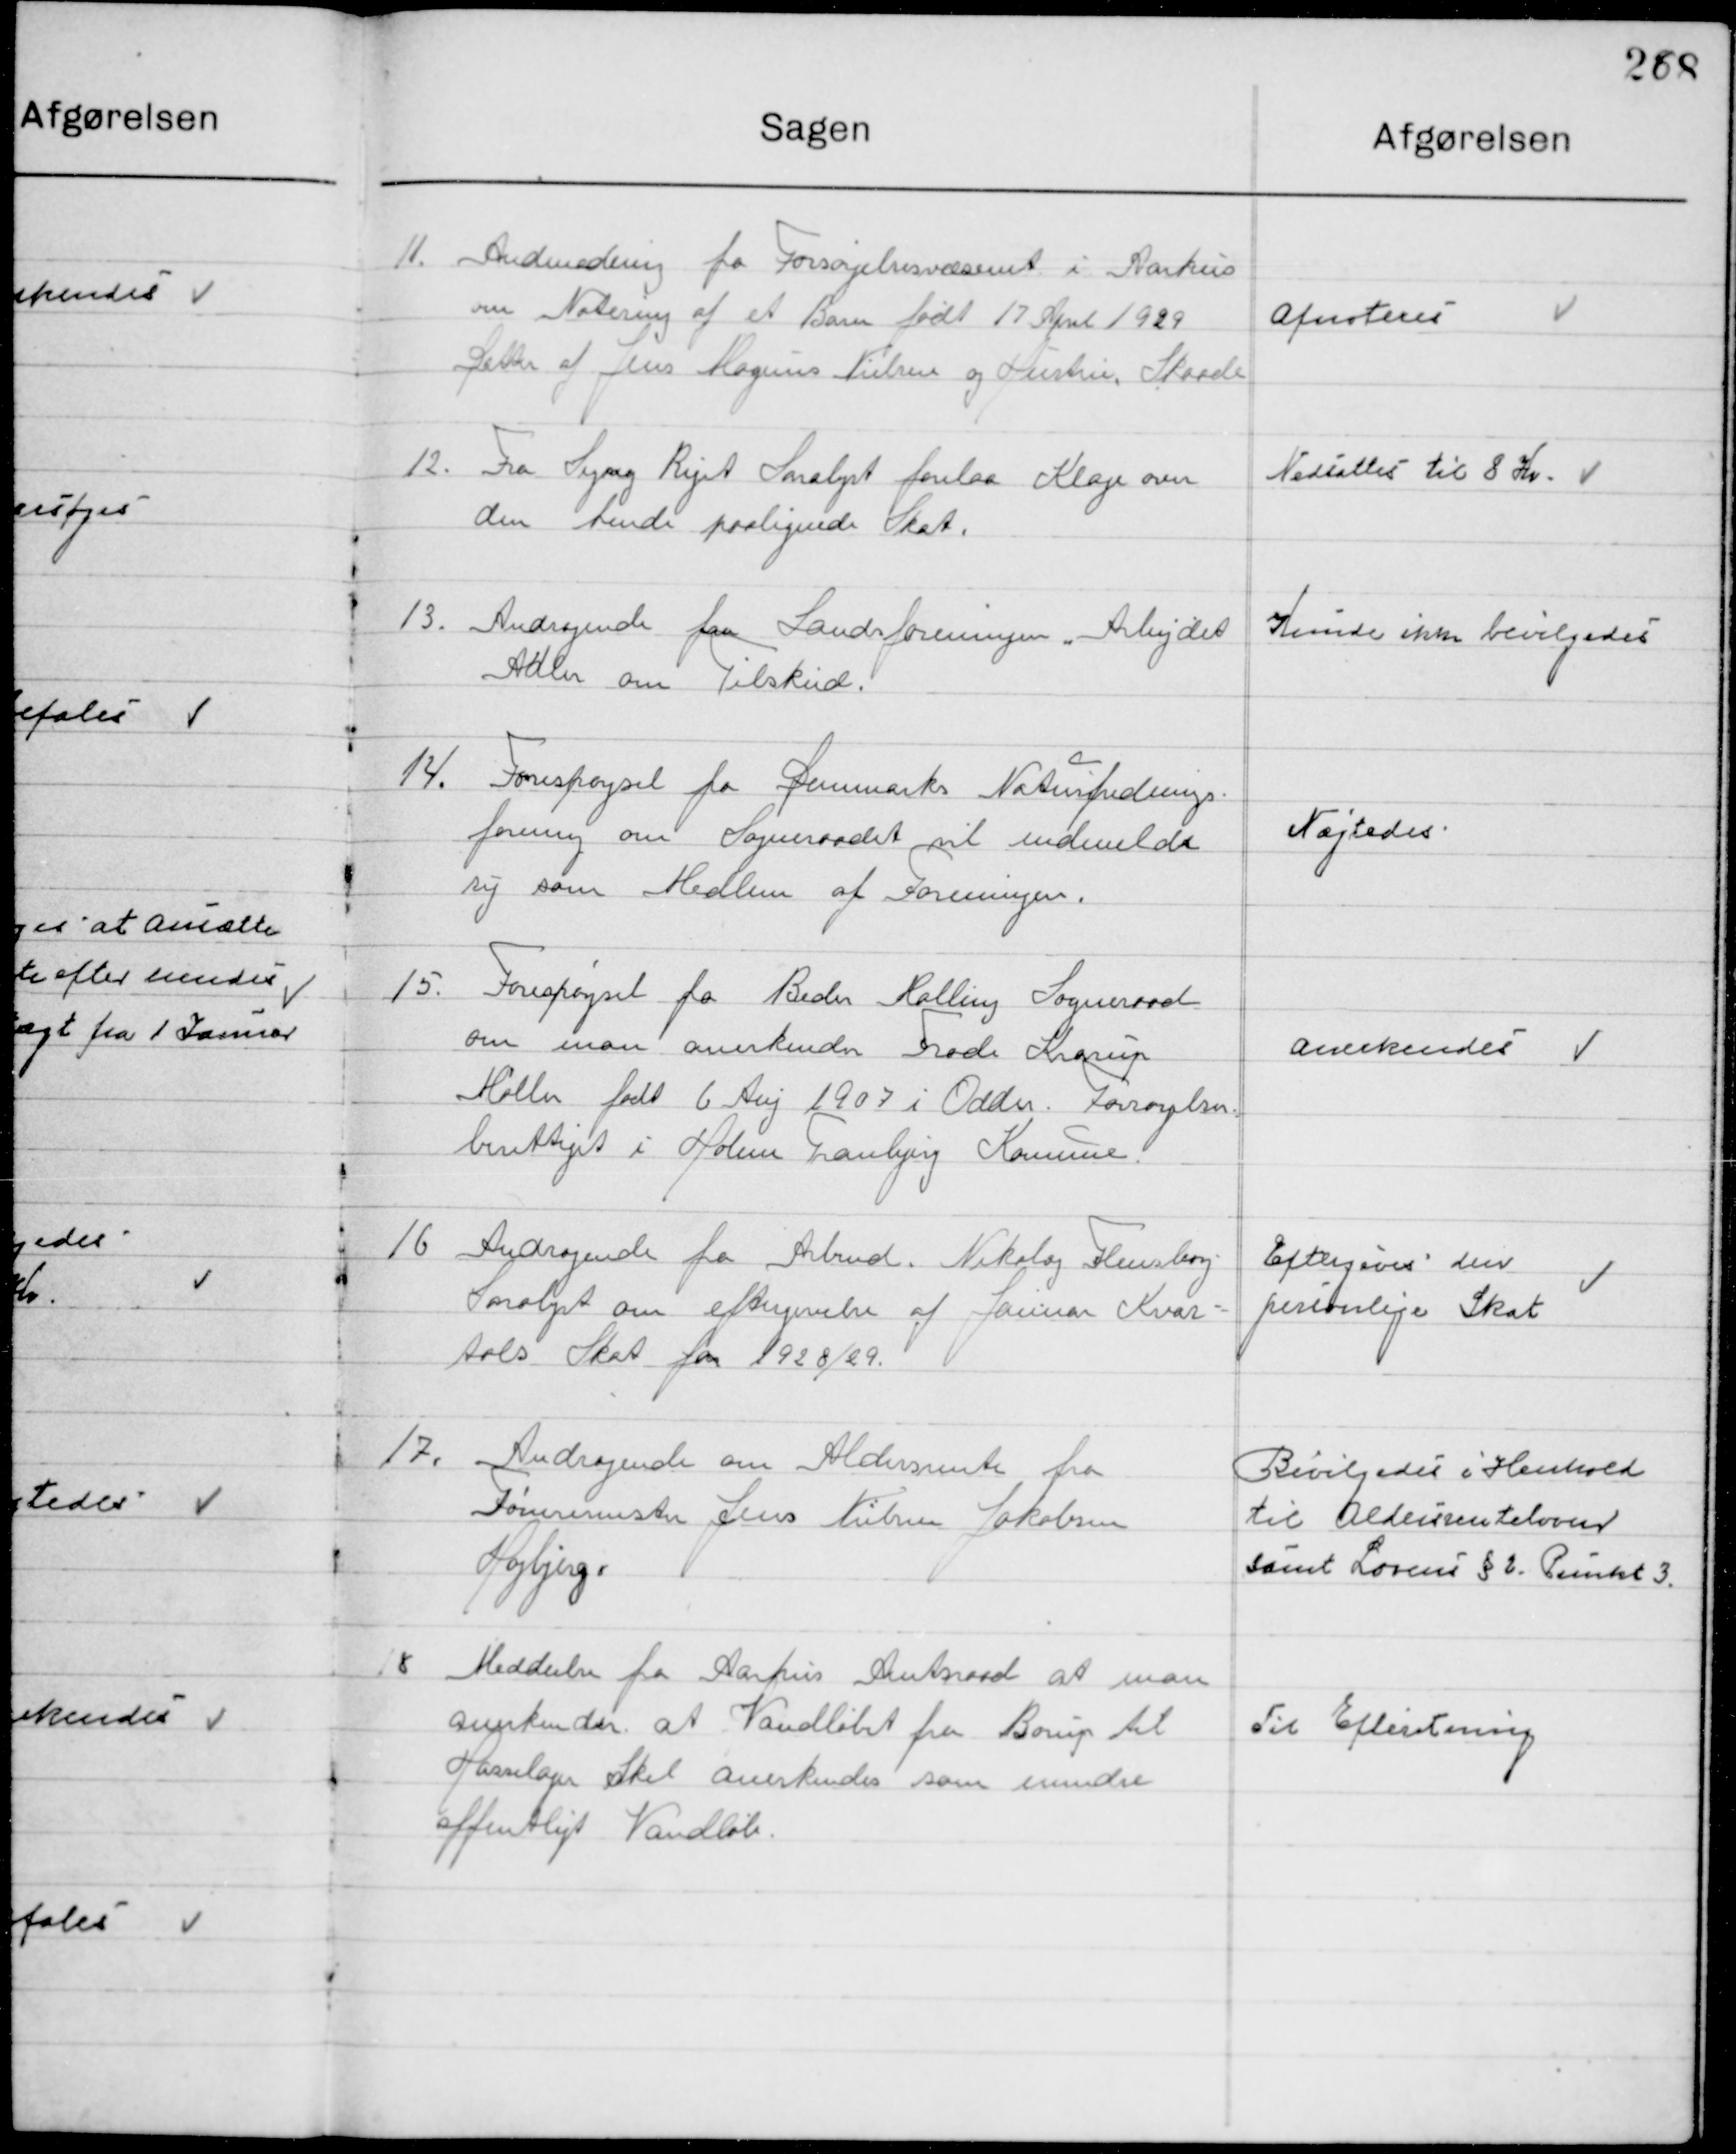
Transskription:
11

Andragende fra Forsørgelsesvæsenet i Aarhus
om Notering af et Barn født 17 April 1929
Sletter af Jens Magnus Nielsen og Hustru, Skaade

Afnoteres

12

Fra Sejny Riget, Saralyst forelaa Klage over
den hende paalignede skat

Nedsættes til 8 Kr.

13

Andragende fra Landsforeningen ”Arbejdet
Adler” om Tilskud

Kunde ikke bevilgedes

14

Forespørgsel fra Danmarks Nationsfrednings-
forening om Sogneraadet indmelde
sig som Medlem af foreningen.

Nægtes

15

Forespørgsel fra Beder Malling Sognrraad
Om man anerkender Frode Karup
Møller født 6 Aug. 1907 i Odder Forsørgelses-
berettiget i Holme Tranbjerg Kommune.

Anerkendes

16

Andragende fra Arbmd. Nikolaj Flensborg
Saralyst om eftergivelses af Januar Kvar-
tals Skat for 1928 / 29.

Eftergives den
personlige Skat

17

Andragende om Aldersrente fra
Tømmermester Jens Nielsen Jakobsen
Højbjerg

Bevilgedes i Henhold
til Aldersrenteloven
samt Lovens § 2. Punkt 3.

18

Meddelelse fra Aarhus Amtsraad at man
Anerkender at Vandløbet fra Borup til
Hasselager Skel anerkendes som under
Offentligt Vandløb

Til Efterretning